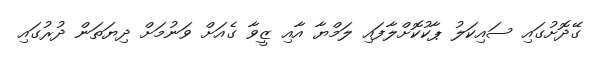
ގޭދޮށުގައި ސައިކަލު ޕާކުކޮށްލާފައި ލަމްޔާ އާއި ޒީވާ ގެއަށް ވަނުމަށް ދިޔަތަން ދުރުގައި